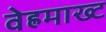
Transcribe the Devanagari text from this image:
वेह्रमाख्ट